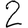
Digit: 2